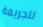
للجريمة